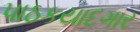
પાઠકયાદગાર